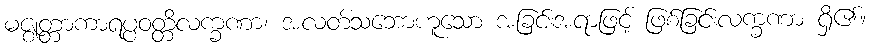
မဇ္ဈတ္တာကာရပ္ပဝတ္တိလက္ခဏာ၊ အလတ်သဘောဟူသော အခြင်းအရာဖြင့် ဖြစ်ခြင်းလက္ခဏာ ရှိ၏။